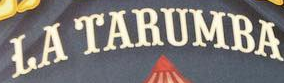
LA TARUMBA